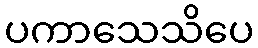
ပကာသေသိပေ